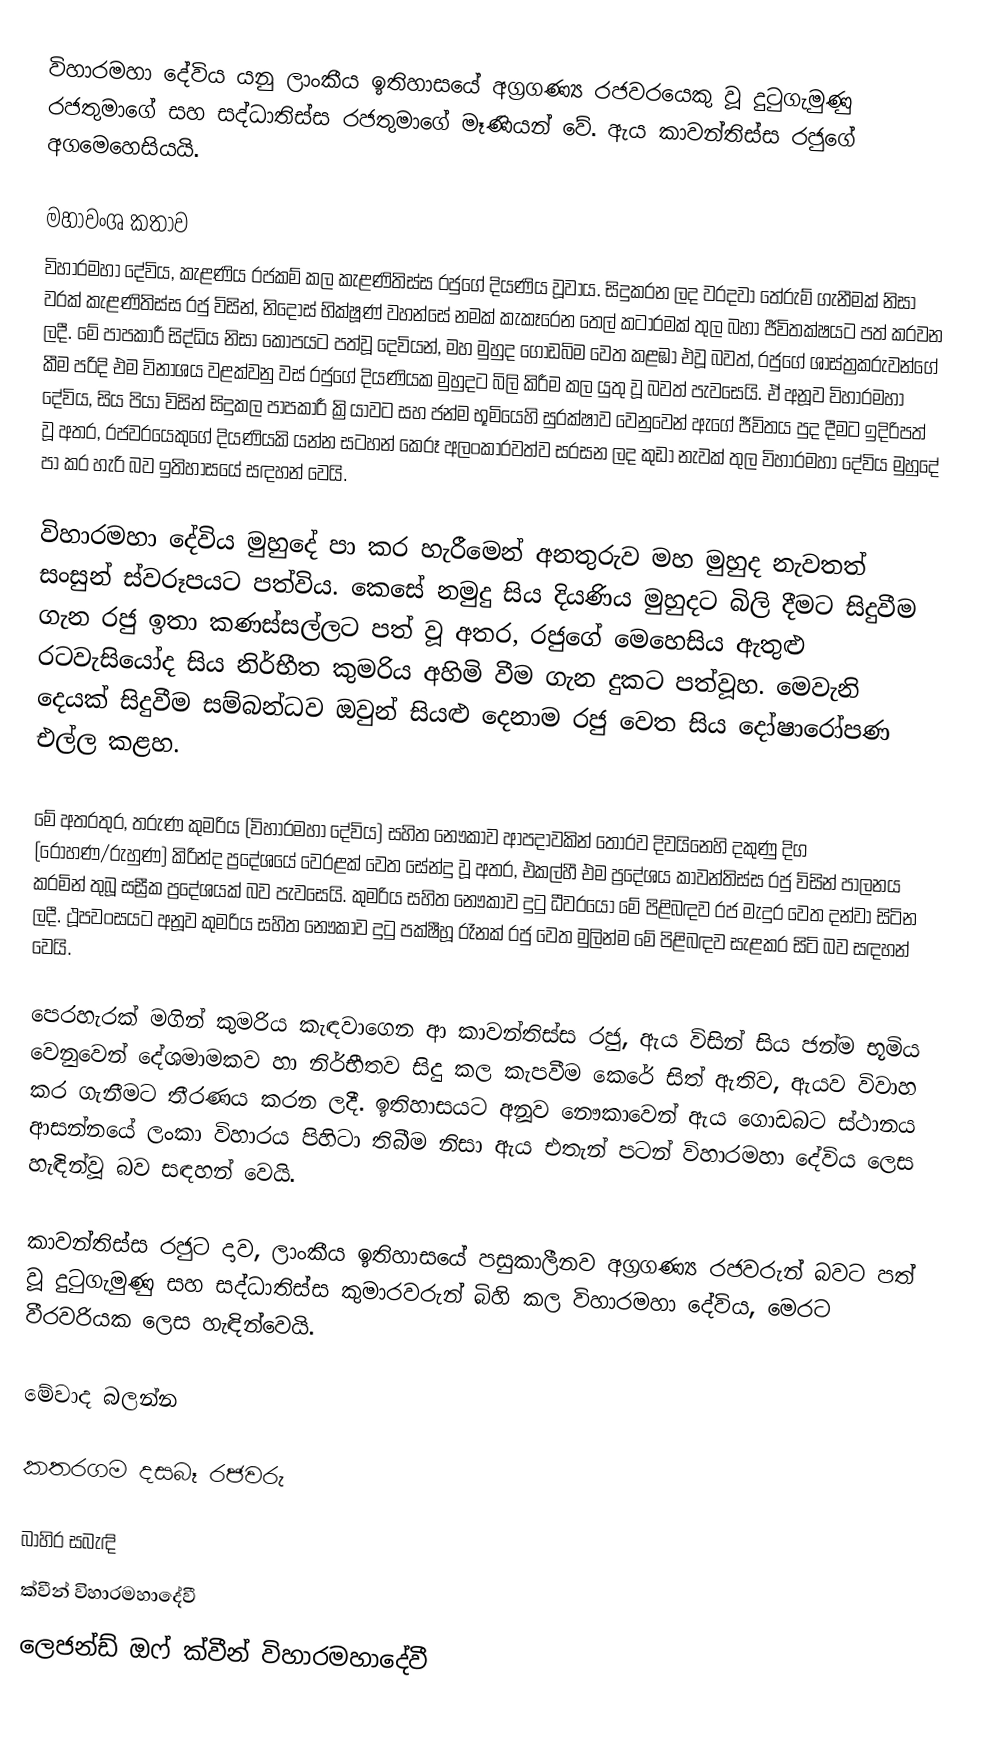
විහාරමහා දේවිය යනු ලාංකීය ඉතිහාසයේ අග්‍රගණ්‍ය රජවරයෙකු වූ දුටුගැමුණු රජතුමාගේ සහ සද්ධාතිස්ස රජතුමාගේ මෑණියන් වේ. ඇය කාවන්තිස්ස රජුගේ අගමෙහෙසියයි.

මහාවංශ කතාව
විහාරමහා දේවිය, කැළණිය රජකම් කල කැළණිතිස්ස රජුගේ දියණිය වූවාය. සිදුකරන ලද වරදවා තේරුම් ගැනීමක් නිසා වරක් කැළණිතිස්ස රජු විසින්, නිදොස් භික්ෂූණ් වහන්සේ නමක් කැකෑරෙන තෙල් කටාරමක් තුල බහා ජීවිතක්ෂයට පත් කරවන ලදී. මේ පාපකාරී සිද්ධිය නිසා කෝපයට පත්වූ දෙවියන්, මහ මුහුද ගොඩබිම වෙත කළඹා එවූ බවත්, රජුගේ ශාස්ත්‍රකරුවන්ගේ කීම පරිදි එම විනාශය වළක්වනු වස්  රජුගේ දියණියක මුහුදට බිලි කිරීම කල යුතු වූ බවත් පැවසෙයි. ඒ අනූව විහාරමහා දේවිය, සිය පියා විසින් සිදුකල පාපකාරී ක්‍රියාවට සහ ජන්ම භූමියෙහි සුරක්ෂාව වෙනුවෙන් ඇගේ ජීවිතය පුද දීමට ඉදිරිපත් වූ අතර, රජවරයෙකුගේ දියණියකි යන්න සටහන් කෙරූ අලංකාරවත්ව සරසන ලද කුඩා නැවක් තුල විහාරමහා දේවිය මුහුදේ පා කර හැරි බව ඉතිහාසයේ සඳහන් වෙයි.

විහාරමහා දේවිය මුහුදේ පා කර හැරීමෙන් අනතුරුව මහ මුහුද නැවතත් සංසුන් ස්වරූපයට පත්විය. කෙසේ නමුදු සිය දියණිය මුහුදට බිලි දීමට සිදුවීම ගැන රජු ඉතා කණස්සල්ලට පත් වූ අතර, රජුගේ මෙහෙසිය ඇතුළු රටවැසියෝද සිය නිර්භීත කුමරිය අහිමි වීම ගැන දුකට පත්වූහ. මෙවැනි දෙයක් සිදුවීම සම්බන්ධව ඔවුන් සියළු දෙනාම රජු වෙත සිය දෝෂාරෝපණ එල්ල කළහ.

මේ අතරතුර, තරුණ කුමරිය (විහාරමහා දේවිය) සහිත නෞකාව ආපදාවකින් තොරව දිවයිනෙහි දකුණු දිග (රෝහණ/රුහුණ) කිරින්ද ප්‍රදේශයේ වෙරළක් වෙත සේන්දු වූ අතර, එකල්හී එම ප්‍රදේශය කාවන්තිස්ස රජු විසින් පාලනය කරමින් තුබූ සස්‍රීක ප්‍රදේශයක් බව පැවසෙයි. කුමරිය සහිත නෞකාව දුටු ධීවරයෝ මේ පිළිබඳව රජ මැදුර වෙත දන්වා සිටින ලදී. ථූපවංසයට අනූව කුමරිය සහිත නෞකාව දුටු පක්ෂීහූ රෑනක් රජු වෙත මුලින්ම මේ පිළිබඳව සැළකර සිටි බව සඳහන් වෙයි.

පෙරහැරක් මගින් කුමරිය කැඳවාගෙන ආ කාවන්තිස්ස රජු, ඇය විසින් සිය ජන්ම භූමිය වෙනුවෙන් දේශමාමකව හා නිර්භීතව සිදු කල කැපවීම කෙරේ සිත් ඇතිව, ඇයව විවාහ කර ගැනීමට තීරණය කරන ලදී. ඉතිහාසයට අනූව නෞකාවෙන් ඇය ගොඩබට ස්ථානය ආසන්නයේ ලංකා විහාරය පිහිටා තිබීම නිසා ඇය එතැන් පටන් විහාරමහා දේවිය ලෙස හැඳින්වූ බව සඳහන් වෙයි.

කාවන්තිස්ස රජුට දාව, ලාංකීය ඉතිහාසයේ  පසුකාලීනව අග්‍රගණ්‍ය රජවරුන් බවට පත් වූ දුටුගැමුණු සහ සද්ධාතිස්ස කුමාරවරුන් බිහි කල විහාරමහා දේවිය, මෙරට වීරවරියක ලෙස හැඳින්වෙයි.

මේවාද බලන්න

කතරගම දසබෑ රජවරු

බාහිර සබැඳි
ක්වීන් විහාරමහාදේවී
ලෙජන්ඩ් ඔෆ් ක්වීන් විහාරමහාදේවී